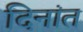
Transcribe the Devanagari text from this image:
दिनांत